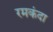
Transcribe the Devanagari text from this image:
रमकंदा